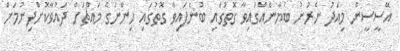
އޭސީސީން މިއަދު ނެރުނު ބަޔާނެއްގައިވާ ގޮތުގައި ބުނެފައިވާ ގޮތުގައި ހިންނަގެ މައްޗަށް ދައުވާކޮށްދިނުމަށް